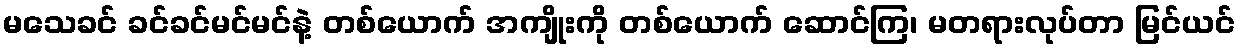
မသေခင် ခင်ခင်မင်မင်နဲ့ တစ်ယောက် အကျိုးကို တစ်ယောက် ဆောင်ကြ၊ မတရားလုပ်တာ မြင်ယင်